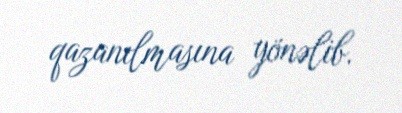
qazanılmasına yönəlib.